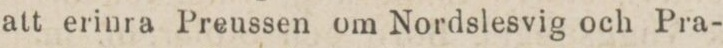
att erinra Preussen om Nordslesvig och Pra-